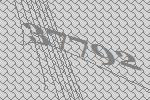
37792